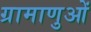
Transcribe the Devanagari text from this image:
ग्रामाणुओं